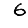
Digit: 6